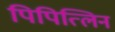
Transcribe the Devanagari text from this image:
पिपित्लिन